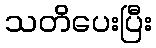
သတိပေးပြီး